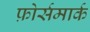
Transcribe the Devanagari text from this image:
फ़ोर्समार्क